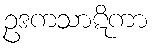
ဥဒကသာဋိကာ